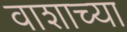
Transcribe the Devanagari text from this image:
वाशाच्या